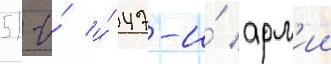
51-и́ и́ 47-и́ арм'ии